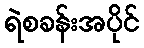
ရဲစခန်းအပိုင်